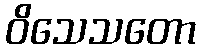
ဝိသေသတော